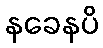
နခေနပိ